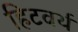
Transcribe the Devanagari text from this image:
हिटवर्थ